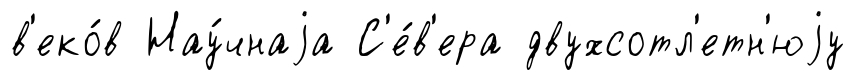
в'еко́в Нау́чнаjа С'е́в'ера двухсотл'етн'юjу